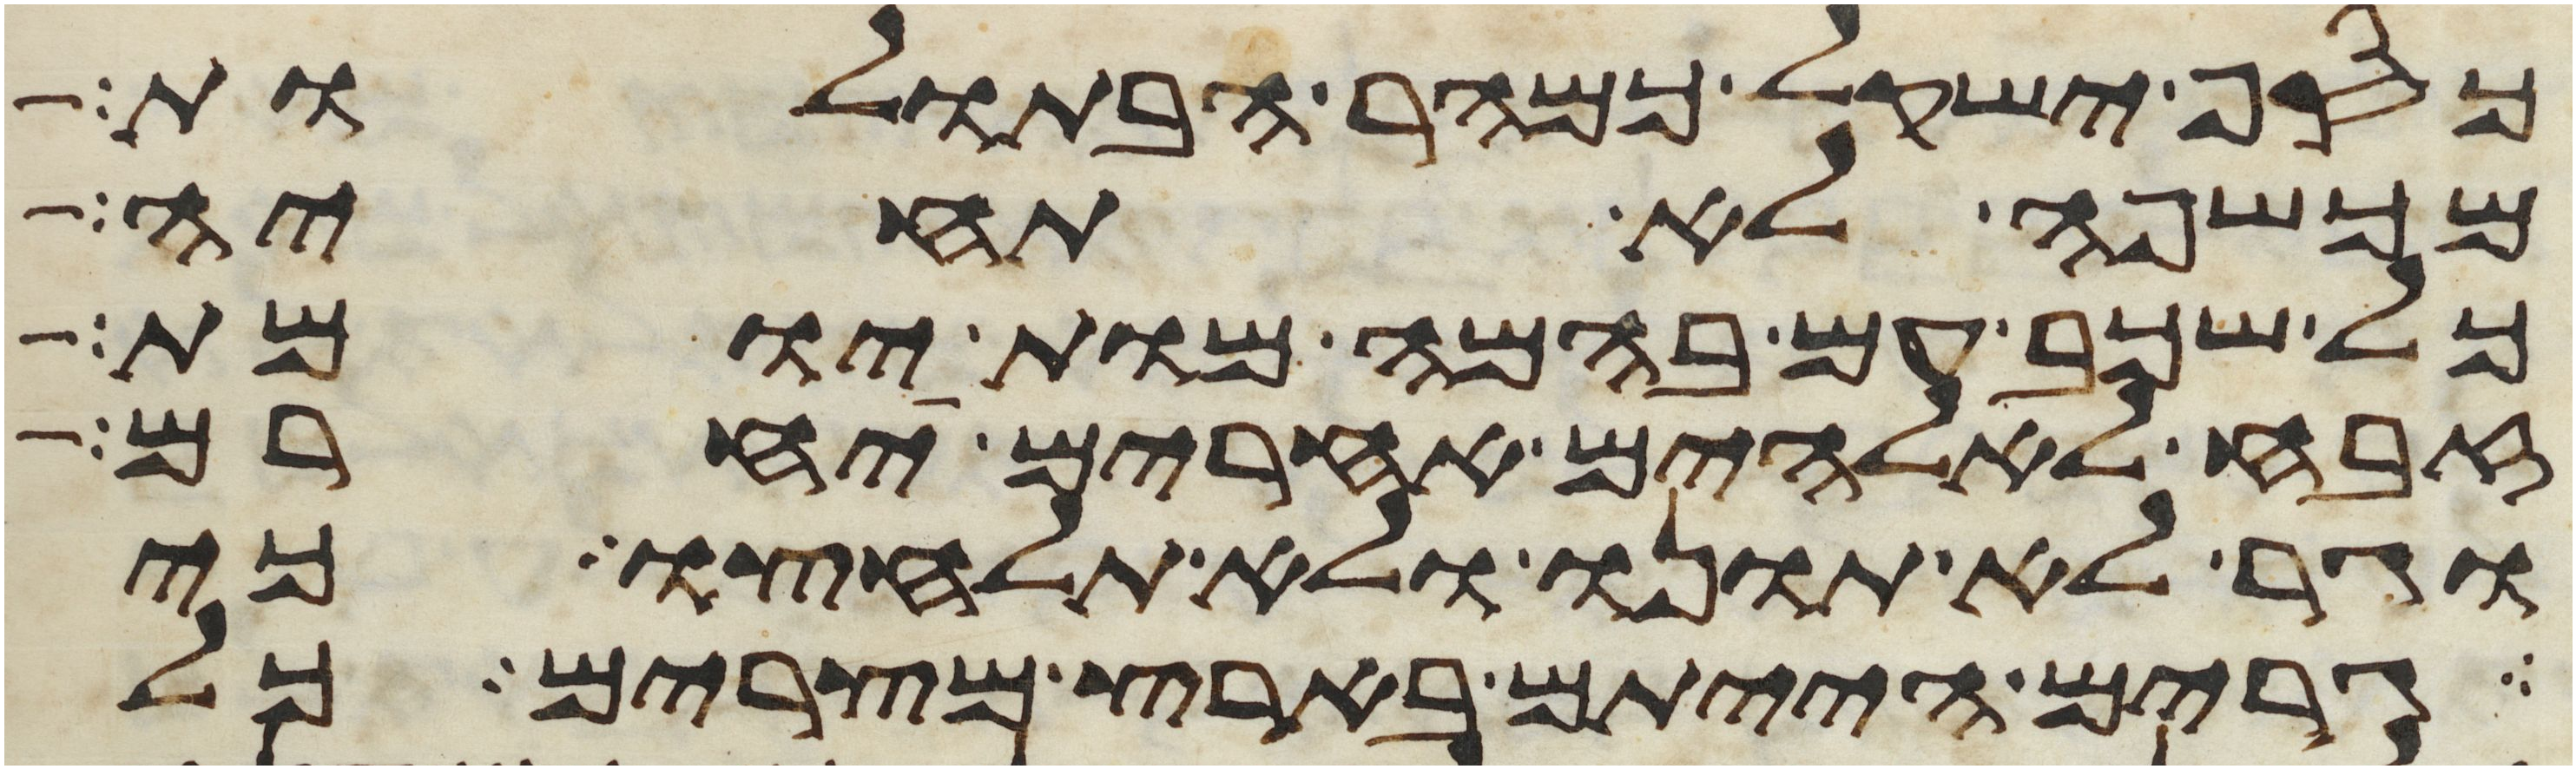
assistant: כסף ישקל כמהר הבתולות
מכשפה לא תחיה
כל שכב עם בהמה מות יומת
זבח לאלהים אחרים יחרם
וגר לא תונו ולא תלחצו כי
גרים הייתם בארץ מצרים כל